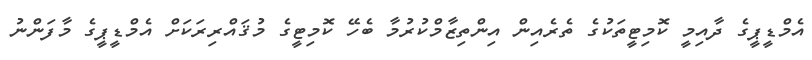
އެމްޑީޕީގެ ދާއިމީ ކޮމިޓީތަކުގެ ތެރެއިން އިންތިޒާމްކުރުމާ ބެހޭ ކޮމިޓީގެ މުޤައްރިރަކަށް އެމްޑީޕީގެ މާފަންނު